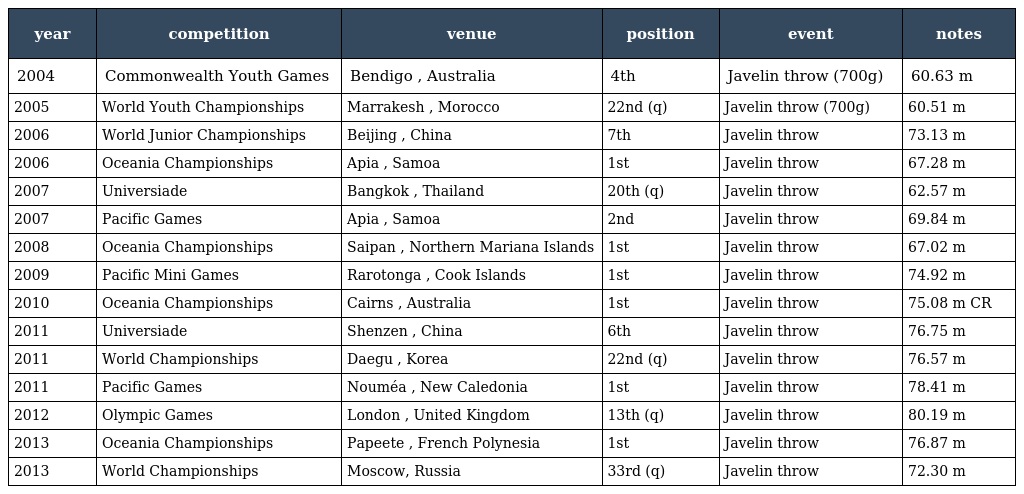
| year | competition | venue | position | event | notes |
 | --- | --- | --- | --- | --- | --- |
 | 2004 | Commonwealth Youth Games | Bendigo , Australia | 4th | Javelin throw (700g) | 60.63 m |
 | 2005 | World Youth Championships | Marrakesh , Morocco | 22nd (q) | Javelin throw (700g) | 60.51 m |
 | 2006 | World Junior Championships | Beijing , China | 7th | Javelin throw | 73.13 m |
 | 2006 | Oceania Championships | Apia , Samoa | 1st | Javelin throw | 67.28 m |
 | 2007 | Universiade | Bangkok , Thailand | 20th (q) | Javelin throw | 62.57 m |
 | 2007 | Pacific Games | Apia , Samoa | 2nd | Javelin throw | 69.84 m |
 | 2008 | Oceania Championships | Saipan , Northern Mariana Islands | 1st | Javelin throw | 67.02 m |
 | 2009 | Pacific Mini Games | Rarotonga , Cook Islands | 1st | Javelin throw | 74.92 m |
 | 2010 | Oceania Championships | Cairns , Australia | 1st | Javelin throw | 75.08 m CR |
 | 2011 | Universiade | Shenzen , China | 6th | Javelin throw | 76.75 m |
 | 2011 | World Championships | Daegu , Korea | 22nd (q) | Javelin throw | 76.57 m |
 | 2011 | Pacific Games | Nouméa , New Caledonia | 1st | Javelin throw | 78.41 m |
 | 2012 | Olympic Games | London , United Kingdom | 13th (q) | Javelin throw | 80.19 m |
 | 2013 | Oceania Championships | Papeete , French Polynesia | 1st | Javelin throw | 76.87 m |
 | 2013 | World Championships | Moscow, Russia | 33rd (q) | Javelin throw | 72.30 m |